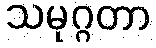
သမုဂ္ဂတာ